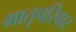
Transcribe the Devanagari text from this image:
मातृपरिवार